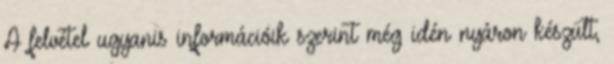
A felvétel ugyanis információik szerint még idén nyáron készült,